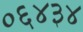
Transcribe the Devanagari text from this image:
०६४३४